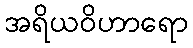
အရိယဝိဟာရော